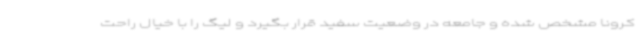
کرونا مشخص شده و جامعه در وضعیت سفید قرار بگیرد و لیگ را با خیال راحت